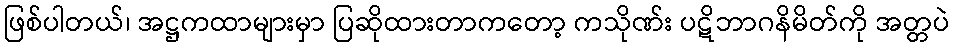
ဖြစ်ပါတယ်၊ အဋ္ဌကထာများမှာ ပြဆိုထားတာကတော့ ကသိုဏ်း ပဋိဘာဂနိမိတ်ကို အတ္တပဲ